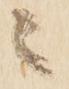
ニ